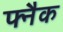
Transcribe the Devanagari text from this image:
फ्नैक